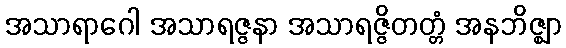
အသာရာဂေါ အသာရဇ္ဇနာ အသာရဇ္ဇိတတ္တံ အနဘိဇ္ဈာ